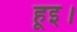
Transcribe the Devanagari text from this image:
हूइ।